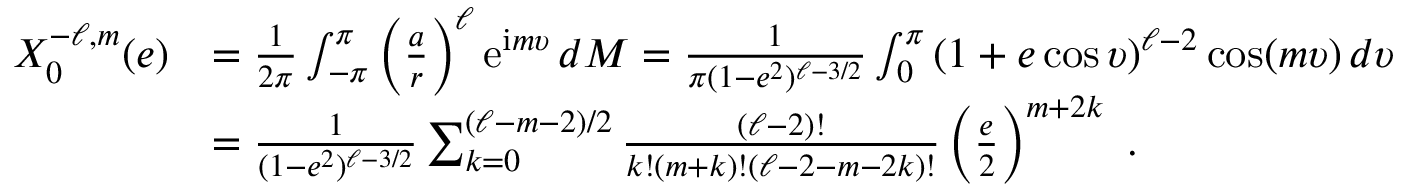
\begin{array} { r l } { X _ { 0 } ^ { - \ell , m } ( e ) } & { = \frac { 1 } { 2 \pi } \int _ { - \pi } ^ { \pi } \left( \frac { a } { r } \right) ^ { \ell } \mathrm { e } ^ { \mathrm { i } m \upsilon } \, d M = \frac { 1 } { \pi ( 1 - e ^ { 2 } ) ^ { \ell - 3 / 2 } } \int _ { 0 } ^ { \pi } \left( 1 + e \cos \upsilon \right) ^ { \ell - 2 } \cos ( m \upsilon ) \, d \upsilon } \\ & { = \frac { 1 } { ( 1 - e ^ { 2 } ) ^ { \ell - 3 / 2 } } \sum _ { k = 0 } ^ { ( \ell - m - 2 ) / 2 } \frac { ( \ell - 2 ) ! } { k ! ( m + k ) ! ( \ell - 2 - m - 2 k ) ! } \left( \frac { e } { 2 } \right) ^ { m + 2 k } \ . } \end{array}